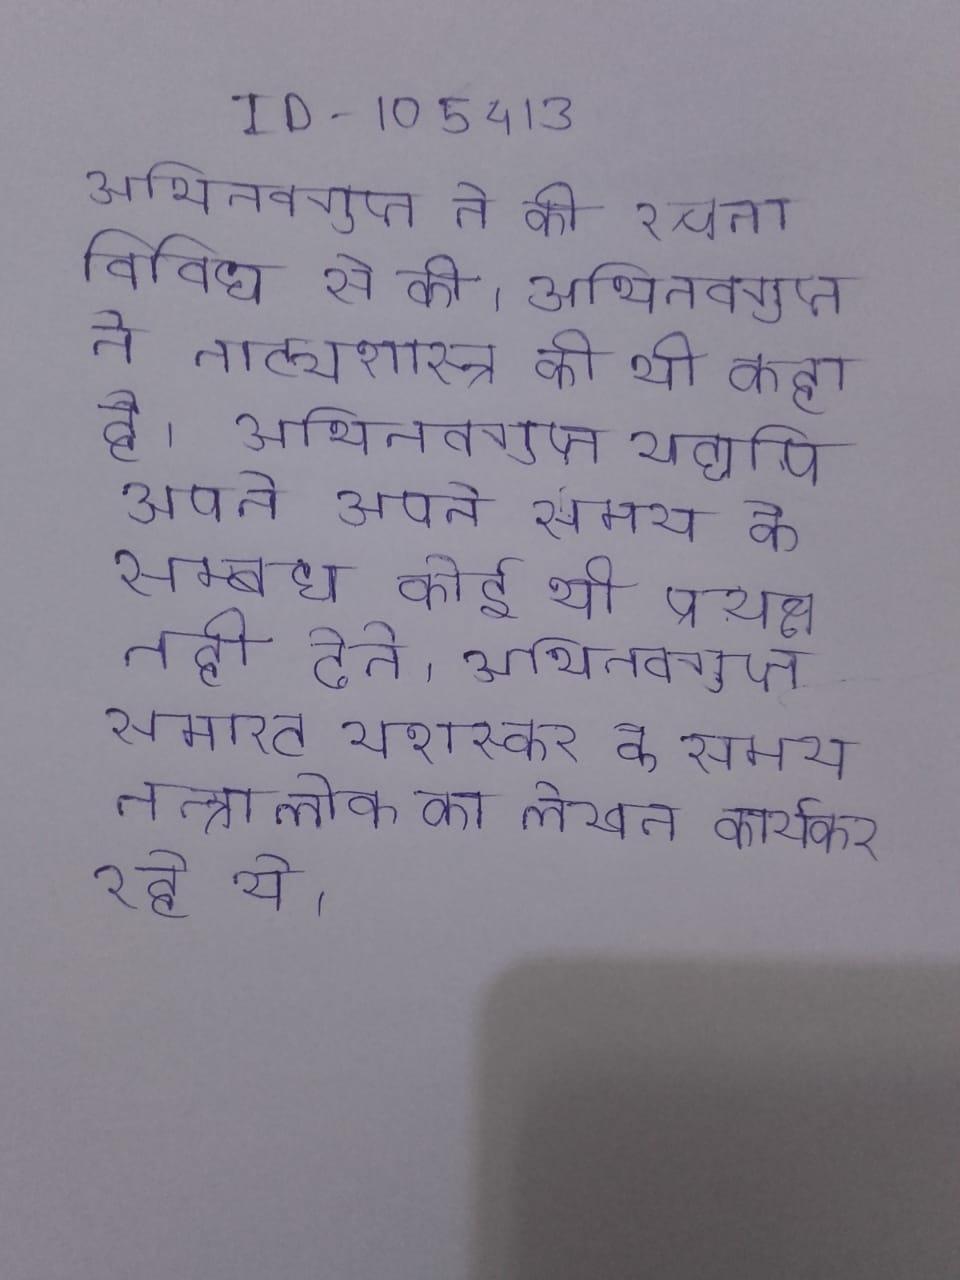
अभिनवगुप्त ने की रचना विविध से की । अभिनवगुप्त ने नाट्यशास्त्र को भी कहा है । अभिनवगुप्त यद्यपि अपने जीवनवृत्त और के सम्बन्ध पर्याप्त विवरण देते तथापि वे अपने समय के सम्बन्ध कोई भी प्रत्यक्ष नही देते । अभिनवगुप्त समा्रट यशस्कर के तृतीय के समय तन्त्रालोक का लेखन कार्यकर रहे थे ।